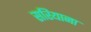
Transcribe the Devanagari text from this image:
सरियाना